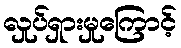
လှုပ်ရှားမှုကြောင့်